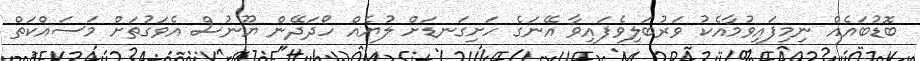
ބޮޑުބައެއް ނިމިފައިވުމާއެކު ވަރުބަލިވެފައިވާ އޭނަގެ ހަށިގަނޑަށް ލުޔެއް ހޯދަދޭން ޔޫނުސް އެވަގުތަށް މަސައްކަތް